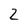
Character: Z